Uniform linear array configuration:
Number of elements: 8
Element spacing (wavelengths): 0.25
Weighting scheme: uniform
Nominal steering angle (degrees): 0
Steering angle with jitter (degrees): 1.702
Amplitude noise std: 0.05
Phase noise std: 0.05

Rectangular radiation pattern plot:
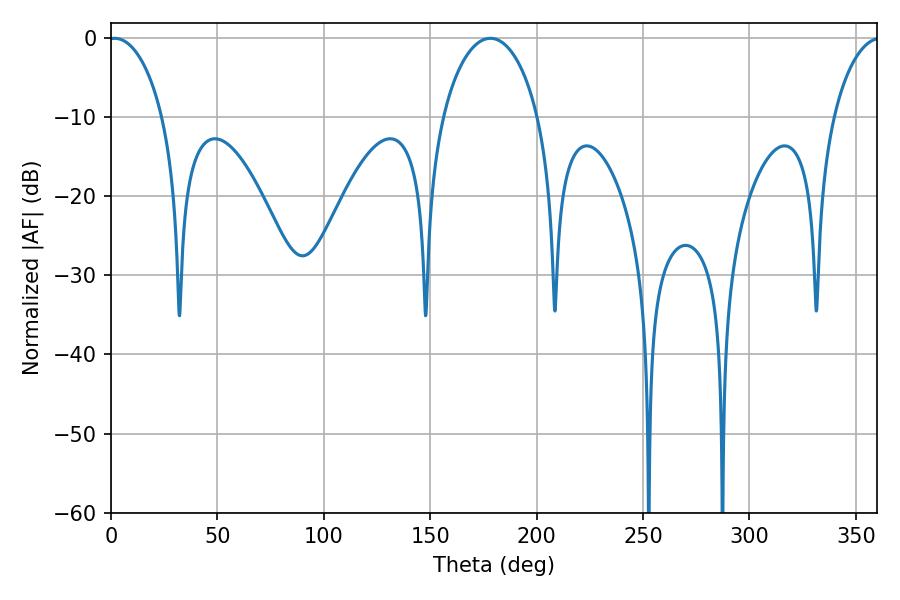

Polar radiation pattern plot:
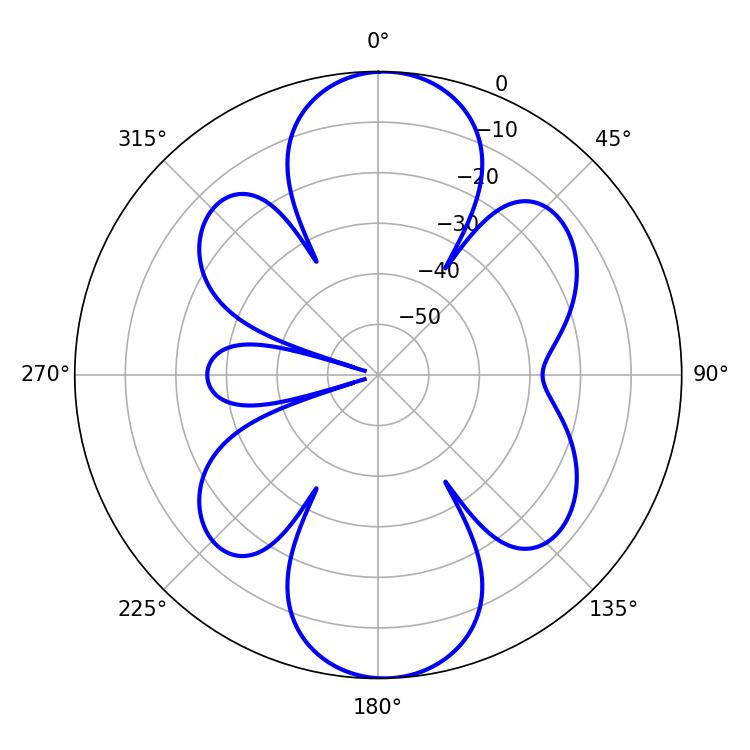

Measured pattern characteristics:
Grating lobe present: FALSE
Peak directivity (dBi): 16.769
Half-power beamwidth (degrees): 14.58
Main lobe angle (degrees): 1.8